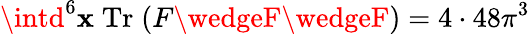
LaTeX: \intd^{6}\mathbf{x}\; \mathrm{{Tr}}\; (F\wedgeF\wedgeF)=4\cdot48\pi^{3}